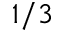
1 / 3